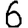
Digit: 6